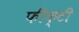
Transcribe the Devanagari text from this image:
फीफ्टी